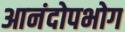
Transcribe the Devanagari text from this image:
आनंदोपभोग